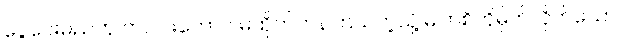
ငွေပေးမည်ဟု ကပ်ပါးကောင် မထိုက်တန်ကြသကဲ့သို့ မျက်စိကိုမှိတ်လိုက်သော